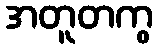
အတူတကွ